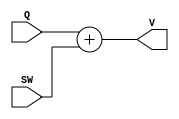
module Sword(input Q, SW, output V);

    assign V = Q + SW;

endmodule